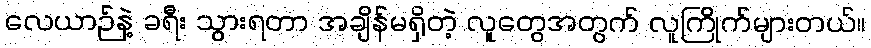
လေယာဉ်နဲ့ ခရီး သွားရတာ အချိန်မရှိတဲ့ လူတွေအတွက် လူကြိုက်များတယ်။